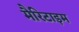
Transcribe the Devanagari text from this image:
मैरिटाइम